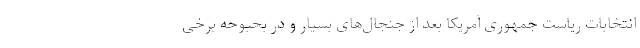
انتخابات ریاست جمهوری آمریکا بعد از جنجال‌های بسیار و در بحبوحه برخی